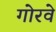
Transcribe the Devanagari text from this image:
गोरवे